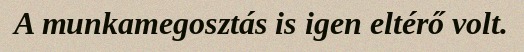
A munkamegosztás is igen eltérő volt.